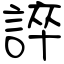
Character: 誶